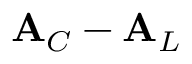
{ \bf A } _ { C } - { \bf A } _ { L }